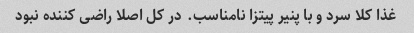
غذا کلا سرد و با پنیر پیتزا نامناسب. در کل اصلا راضی کننده نبود